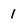
Character: 1